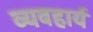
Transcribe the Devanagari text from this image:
व्‍यवहार्य